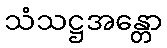
သံသဋ္ဌအန္တော